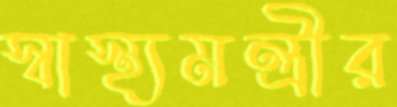
স্বাস্থ্যমন্ত্রীর